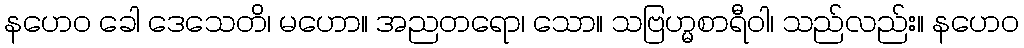
နဟေဝ ခေါ ဒေသေတိ၊ မဟော။ အညတရော၊ သော။ သဗြဟ္မစာရီဝါ၊ သည်လည်း။ နဟေဝ